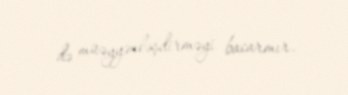
də müəyyənləşdirməyi bacarmır.